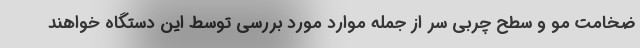
ضخامت مو و سطح چربی سر از جمله موارد مورد بررسی توسط این دستگاه خواهند